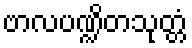
ဗာလပဏ္ဍိတသုတ္တံ